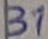
Text: 31